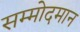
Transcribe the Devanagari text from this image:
सम्मोदमान